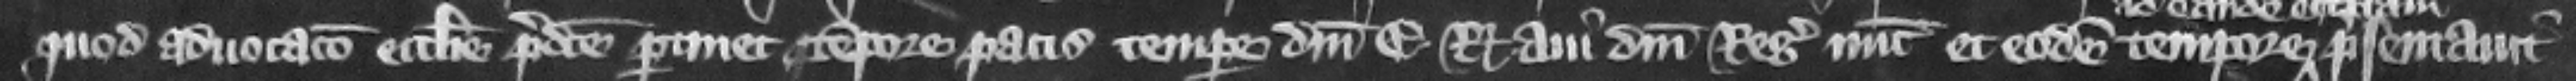
quod aduocacio ecclesie predicte pertinet tempore pacis tempore domini E. regis aui domini regis nunc et eodem tempore presentauit